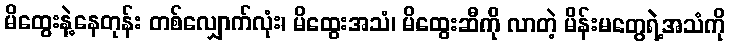
မိထွေးနဲ့နေတုန်း တစ်လျှောက်လုံး၊ မိထွေးအသံ၊ မိထွေးဆီကို လာတဲ့ မိန်းမတွေရဲ့အသံကို